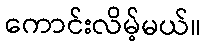
ကောင်းလိမ့်မယ်။